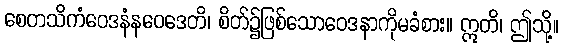
စေတသိကံဝေဒနံနဝေဒေတိ၊ စိတ်၌ဖြစ်သောဝေဒနာကိုမခံစား။ ဣတိ၊ ဤသို့။